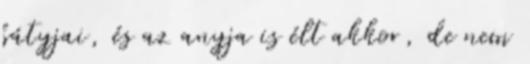
bátyjai, és az anyja is élt akkor, de nem